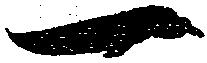
一